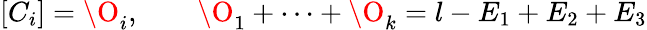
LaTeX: [C_{i}]=\O_{i},\qquad\O_{1}+\dots+\O_{k}=l-E_{1}+E_{2}+E_{3}